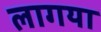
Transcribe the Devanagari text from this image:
लागया